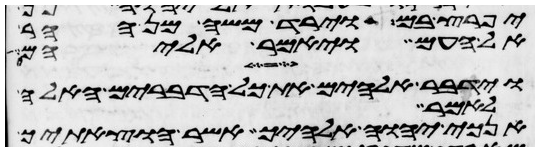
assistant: יפרץ בם וירד משה מן ההר
אל העם ויאמר אליהם
וידבר אלהים את כל הדברים האלה
לאמר
אנכי יהוה אלהיך אשר הוצאתיך